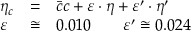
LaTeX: \begin{array} { l l l } { { \eta _ { c } } } & { { = } } & { { \bar { c } c + \varepsilon \cdot \eta + \varepsilon ^ { \prime } \cdot \eta ^ { \prime } } } \\ { { \varepsilon } } & { { \cong } } & { { 0 . 0 1 0 \qquad \varepsilon ^ { \prime } \cong 0 . 0 2 4 } } \end{array}